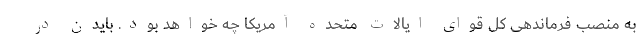
به منصب فرماندهی کل قوای ایالات متحده آمریکا چه خواهد بود. بایدن در